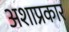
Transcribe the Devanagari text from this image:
अशाप्रकार